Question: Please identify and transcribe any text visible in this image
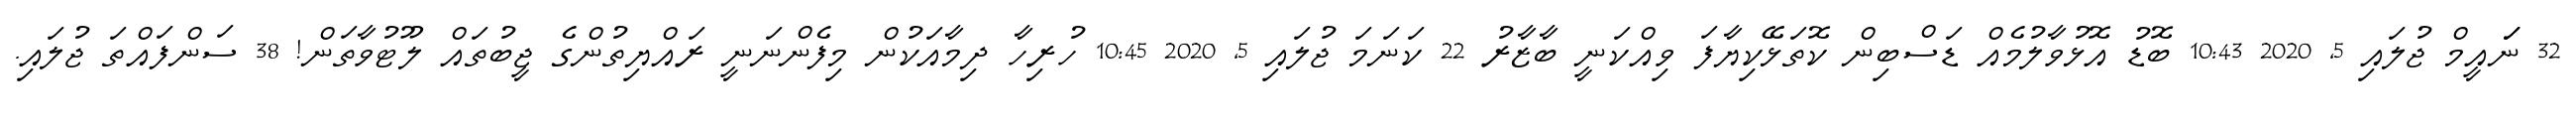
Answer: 32 ނަައީމް ޖުލައި 5, 2020 10:43 ބޮޑު އޮޅުވާލުމެއް ޑަސްބިން ކޮތަޅޭކިޔާފަ ވިއްކަނީ ބާޒާރު 22 ކަނަމަ ޖުލައި 5, 2020 10:45 ހުރިހާ ދިމާއަކުން މިފެންނަނީ ރައްޔިތުންގެ ޖީބުތައް ލޫޓުވާތަން! 38 ސަންފައްތަ ޖުލައި.